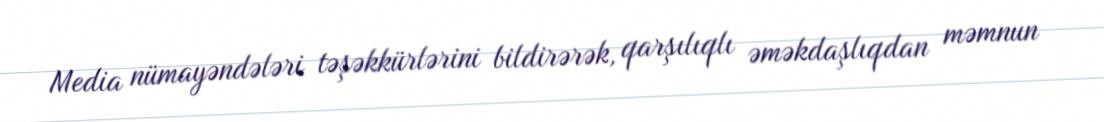
Media nümayəndələri təşəkkürlərini bildirərək, qarşılıqlı əməkdaşlıqdan məmnun